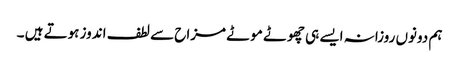
ہم دونوں روزانہ ایسے ہی چھوٹے موٹے مزاح سے لطف اندوز ہوتے ہیں ۔